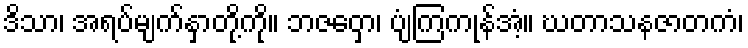
ဒိသာ၊ အရပ်မျက်နှာတို့ကို။ ဘဇဝှော၊ ပျံကြကုန်အံ့။ ဃတာသနဇာတကံ၊